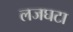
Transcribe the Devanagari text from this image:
लजघटा